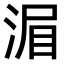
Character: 𣷍